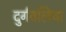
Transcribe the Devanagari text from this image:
दुर्गवलिया